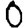
Digit: 0